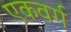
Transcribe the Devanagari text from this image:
एकवर्ग